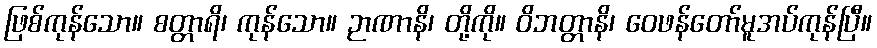
ဖြစ်ကုန်သော။ စတ္တာရိ၊ ကုန်သော။ ဉာဏာနိ၊ တို့ကို။ ဝိဘတ္တာနိ၊ ဝေဖန်တော်မူအပ်ကုန်ပြီ။